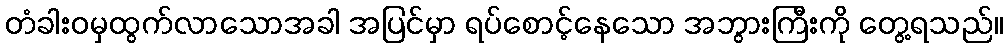
တံခါးဝမှထွက်လာသောအခါ အပြင်မှာ ရပ်စောင့်နေသော အဘွားကြီးကို တွေ့ရသည်။